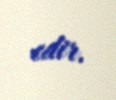
edir.